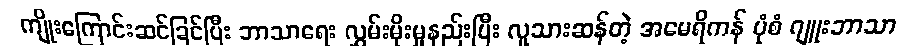
ကျိုးကြောင်းဆင်ခြင်ပြီး ဘာသာရေး လွှမ်းမိုးမှုနည်းပြီး လူသားဆန်တဲ့ အမေရိကန် ပုံစံ ဂျူးဘာသာ